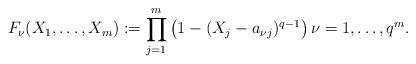
LaTeX: \begin{align*}F_{\nu}(X_1, \dots , X_m) := \prod_{j=1}^m \left( 1 - (X_j - a_{\nu j})^{q-1}\right) \nu = 1, \dots , q^m.\end{align*}